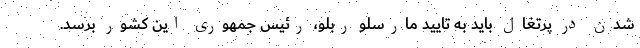
شدن در پرتغال باید به تایید مارسلو ربلو، رئیس جمهوری این کشور برسد.